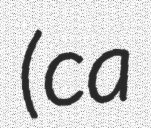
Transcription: (ca